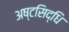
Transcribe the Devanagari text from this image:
अष्टसिद्धि